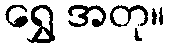
ရွှေ အတု။